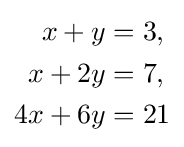
{\begin{aligned}x+y&=3,\\x+2y&=7,\\4x+6y&=21\end{aligned}}